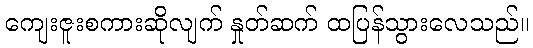
ကျေးဇူးစကားဆိုလျက် နှုတ်ဆက် ထပြန်သွားလေသည်။